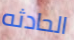
الحادثه